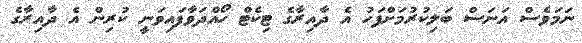
ނަމަވެސް އަނަސް ބަލިކުރުމަށްފަހު އެ ދާއިރާގެ ޓިކެޓް ހޯއްދަވާފައިވަނީ ކުރިން އެ ދާއިރާގެ